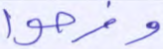
وفرحوا